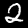
Digit: 2